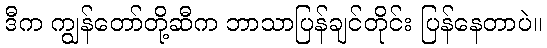
ဒီက ကျွန်တော်တို့ဆီက ဘာသာပြန်ချင်တိုင်း ပြန်နေတာပဲ။